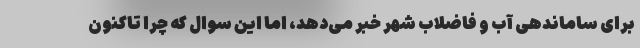
برای ساماندهی آب و فاضلاب شهر خبر می‌دهد، اما این سوال که چرا تاکنون